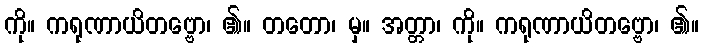
ကို။ ကရုဏာယိတဗ္ဗော၊ ၏။ တတော၊ မှ။ အတ္တာ၊ ကို။ ကရုဏာယိတဗ္ဗော၊ ၏။